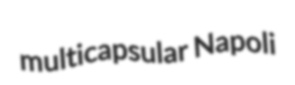
multicapsular Napoli